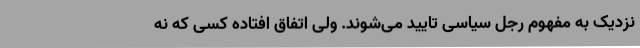
نزدیک به مفهوم رجل سیاسی تایید می‌شوند. ولی اتفاق افتاده کسی که نه